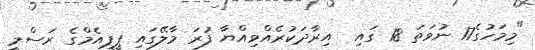
"މިމަހުގެ17 ނުވަތަ 18 ގައި  އިރާދަކުރެއްވިއްޔާ ފުރަ މާލޭގައި ޕީޕީއެމްގެ ރަސްމީ